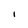
Character: l